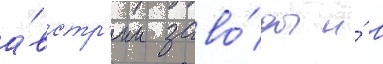
а́встр'ии заво́ды и́ в